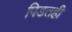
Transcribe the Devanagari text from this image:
पिडतही